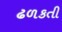
ઢળકતી